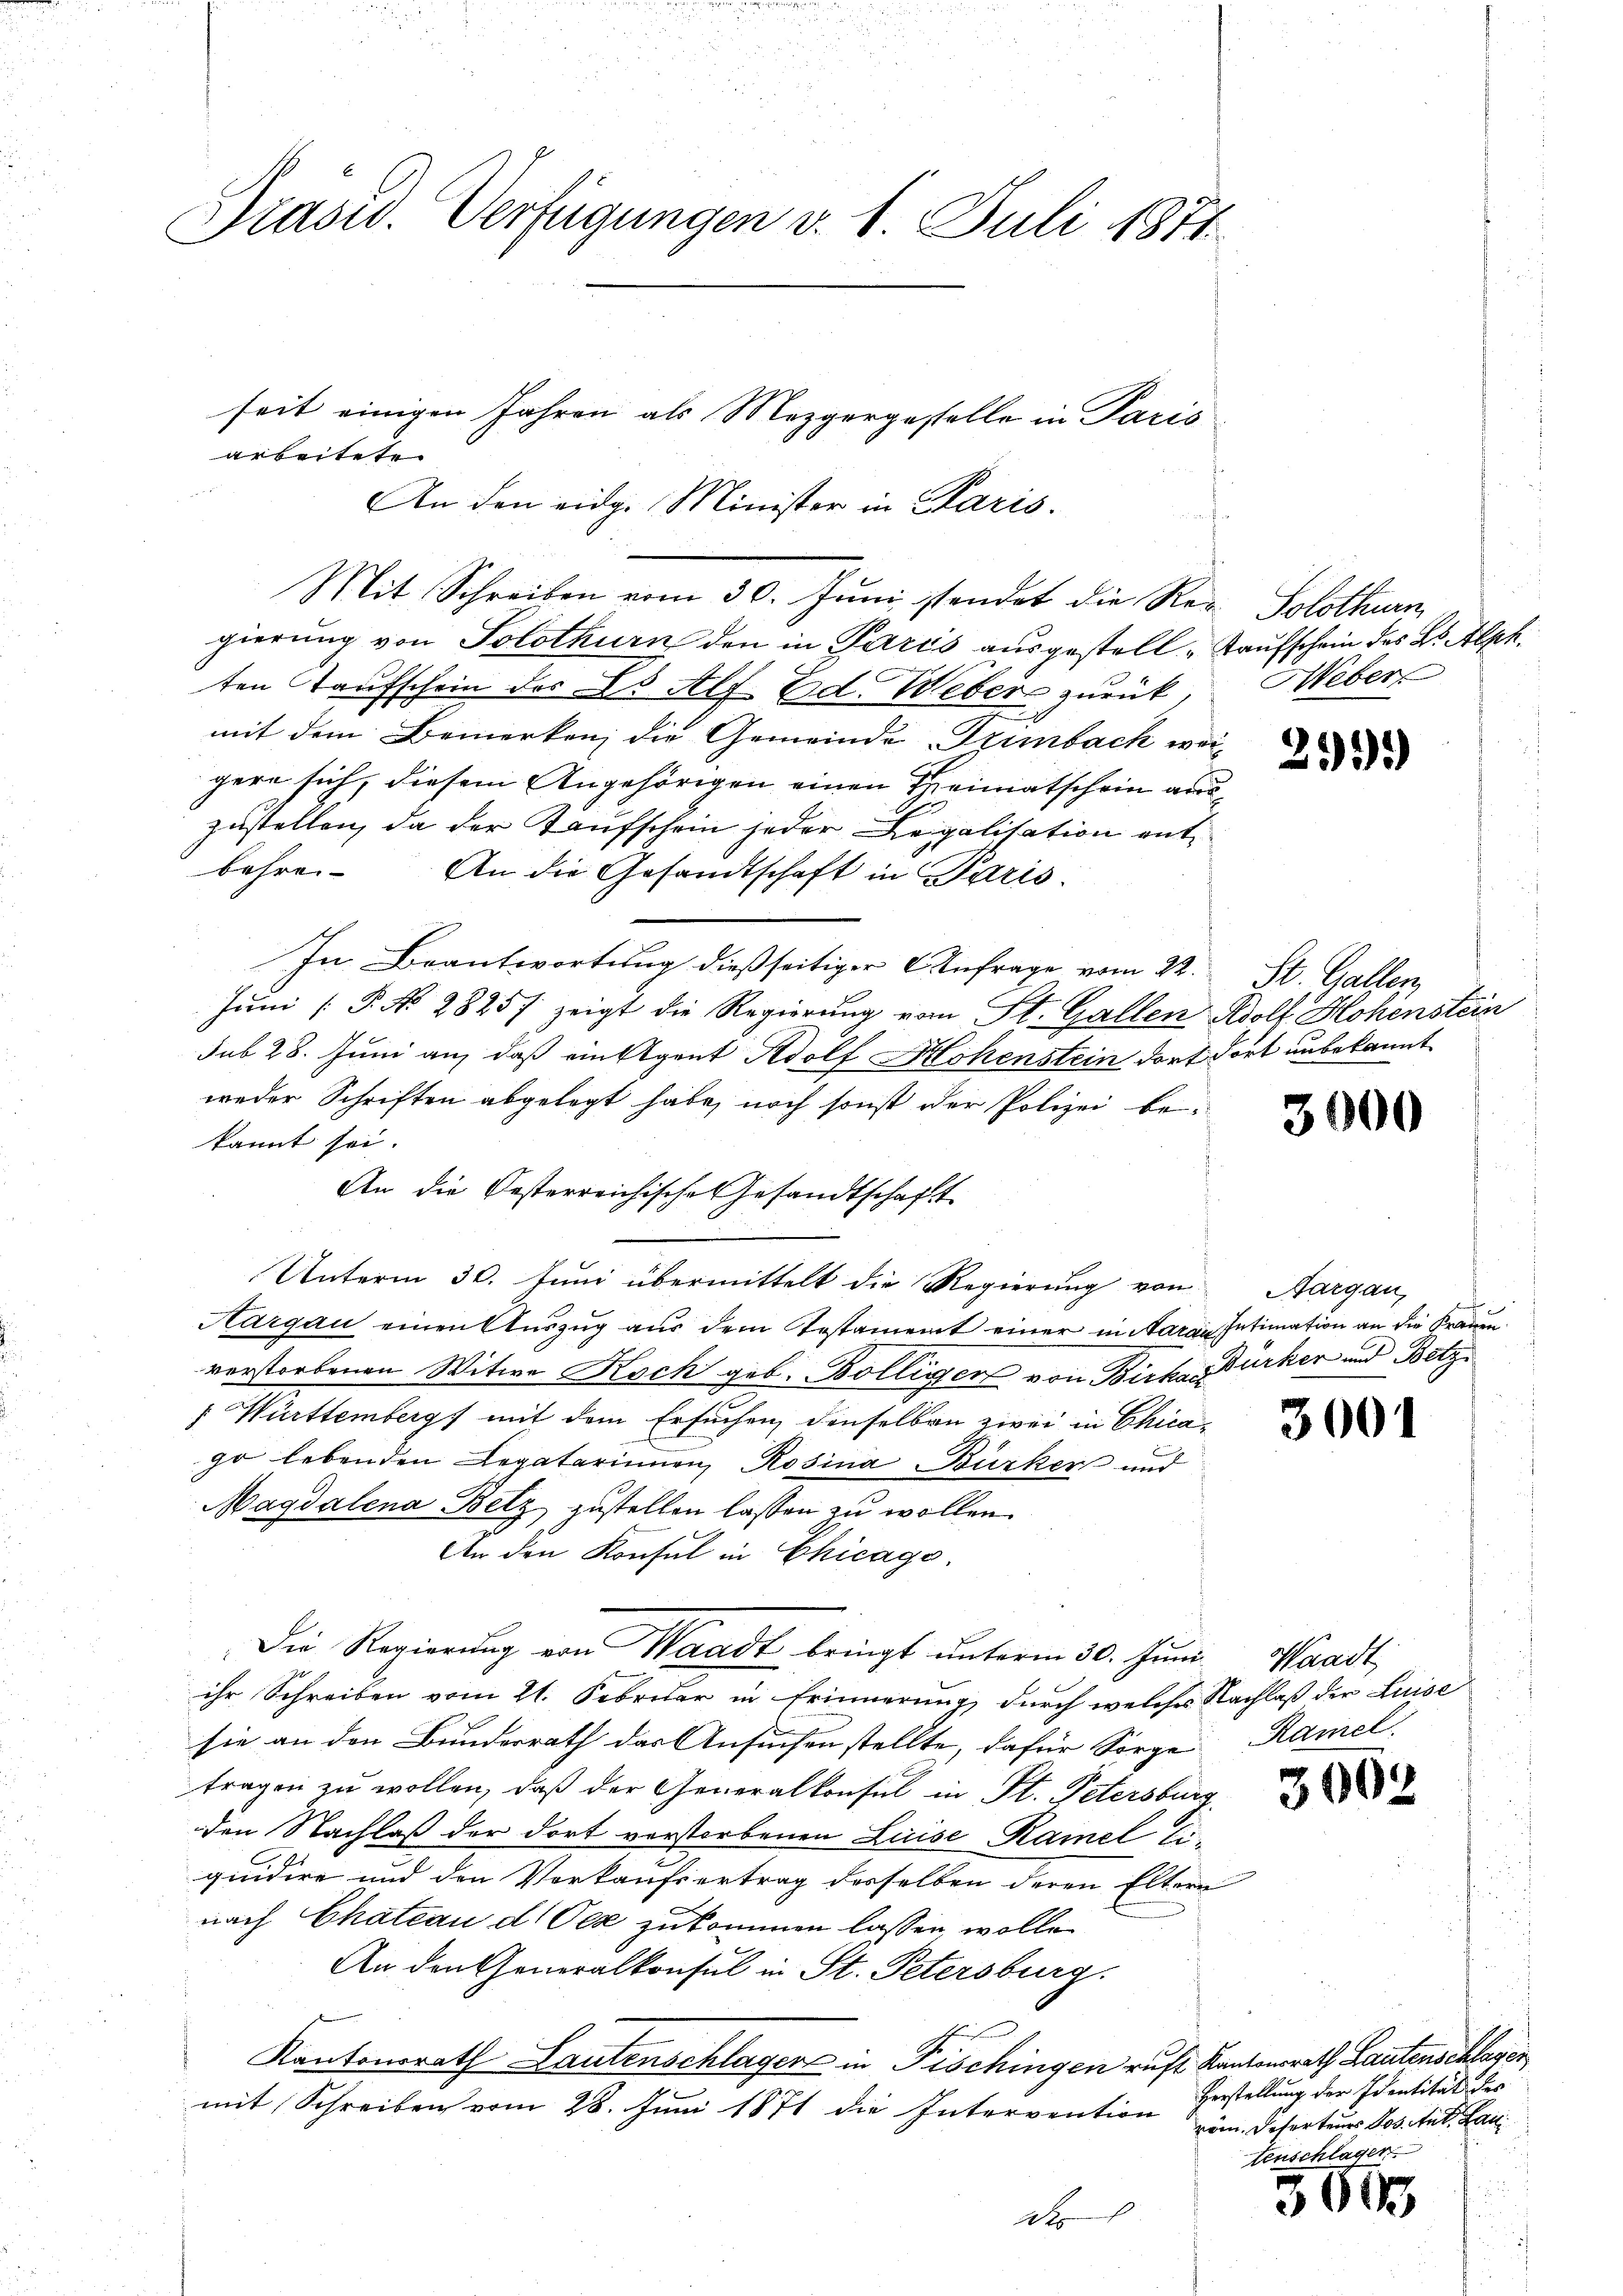
Präsid. Verfügungen v. 1. Juli 1871

arbeitete.
Mit Schreiben vom 30. Juni stendet die Rer. Solothurn
gierung von Solothurn den in Paris ausgestell - Kaufschein des B. Alph
ten Taufschein des Es Alf Ed. Webers zurück,
mit dem Bemerken, die Gemeinde Szimbach weigern sich, diesem Angehörigen einen Heimatschein auszustellen, da der Kaufschein jeder Legalisation ent
behrei¬
An die Gesandtschaft in Paris.
In Beantwortung dießseitiger Anfrage vom 22.
Jŭni [P. No 2825f zeigt die Regierŭng vom St. Gallen Adolf Hohenstein
sub 28. Juni an, daß einigent Adolf Hohenstein dort dort unbekannt
weder Schriften abgelegt habe, noch sonst der Polizei bekannt sei.
An die Besterreichische Gesandtschaft
Unterm 30. Juni übermittelt die Regierung von Aargau,
Aargau einen Auszug aus dem Testament einer in Aarau Intimation an die Frauen.
verstorbenen Witwe Koch geb. Bolliger von Biche Bürker und Betz
 Württemberg mit dem Ersuchen, denselben zwei in Chicago lebenden Legatarinnen, Rosina Bürker und
Magdalena Belz zustellen lassen zu wollen.
An den Konsul in Chicago
Die Regierung von Waadt bringt unterm 30. Juni Waadt,
ihr Schreiben vom 21. Februar in Erinnerung, durch welches Nachlaß der Luise
sie an den Bunderrath der Ansuchenstellte, dafür Sorge Kamel
tragen zu wollen, daß der Generalkonsul in St. Petersburg
den Nachlaß der dort verstorbenen Luise Kamel liquidire und den Vorkaufsertrag derselben deren Eltern
nach Chateau d. Oez zukommen lassen, wolle
An den Generalkonsul in St. Petersburg.
Kantonsrath Lautenschlagen in Fischingen ruft. Kantonsrath Lautenschlagen
mit Schreiben vom 28. Juni 1871 die Intervention
des

seit einigen Jahren als Mezgergestelle in Paris

An den eidg. Minister in Paris.
f

Weber

2551)

St. Gallen,

3000

s

3001

3002

Verstellung der Identität des
rem. Deserteurs Jos. Stut. Lau
tenschlagen.

005